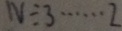
N \div 3 \cdots 2